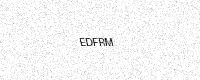
Text: EDFRM